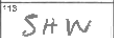
Transcription: SHW